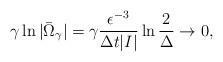
LaTeX: \begin{align*}\gamma\ln|\bar \Omega_\gamma|=\gamma\frac{\epsilon^{-3}}{\Delta t |I|}\ln \frac{2}{\Delta}\to 0,\end{align*}